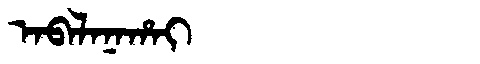
Manchu: ᠠᠪᠠᠯᠠᠨᠠᡥᠠᡳ
Romanization: ABALANAHAI